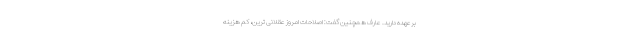
برعهده دارید. عارف همچنین گفت: اصلاحات امروز عقلانی ترین، کم هزینه